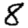
Digit: 8